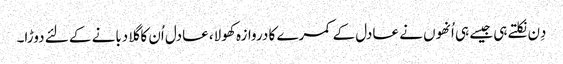
دِن نکلتے ہی جیسے ہی اُنھوں نے عادل کے کمرے کا دروازہ کھولا، عادل اُن کا گلا دبانے کے لئے دوڑا۔